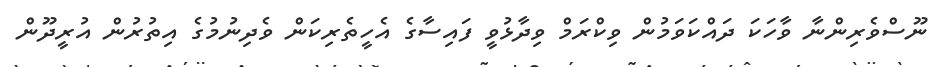
ނޫސްވެރިންނާ ވާހަކަ ދައްކަވަމުން ވިކްރަމް ވިދާޅުވީ ފައިސާގެ އެހީތެރިކަން ވެދިނުމުގެ އިތުރުން އުރީދޫން